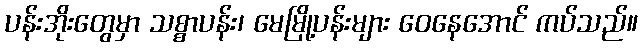
ပန်းအိုးတွေမှာ သစ္စာပန်း၊ မေမြို့ပန်းများ ဝေနေအောင် ကပ်သည်။